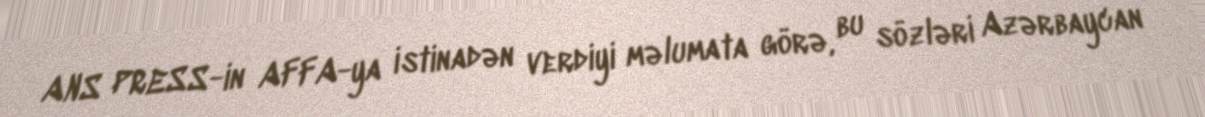
ANS PRESS-in AFFA-ya istinadən verdiyi məlumata görə, bu sözləri Azərbaycan